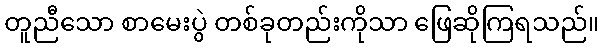
တူညီသော စာမေးပွဲ တစ်ခုတည်းကိုသာ ဖြေဆိုကြရသည်။